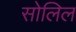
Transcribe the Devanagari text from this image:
सोलिल